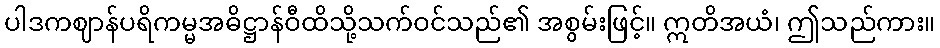
ပါဒကဈာန်ပရိကမ္မအဓိဋ္ဌာန်ဝီထိသို့သက်ဝင်သည်၏ အစွမ်းဖြင့်။ ဣတိအယံ၊ ဤသည်ကား။